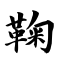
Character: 鞠